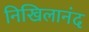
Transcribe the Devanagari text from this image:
निखिलानंद